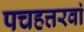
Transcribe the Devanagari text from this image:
पचहत्तरवां